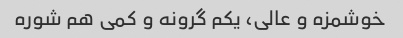
خوشمزه و عالی، یکم گرونه و کمی هم شوره